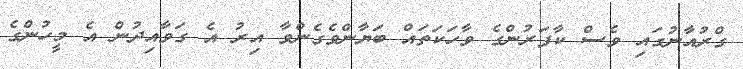
ގްރުއާނުގައި ވެސް ކާފަރުންގެ ވާހަކަތައް ބަޔާންވެގެންވާ އިރު އެ ގަވާއިދުން އެ މީހުންގެ